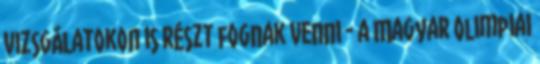
vizsgálatokon is részt fognak venni - a Magyar Olimpiai